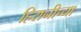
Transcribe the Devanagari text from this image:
हिरानीच्या